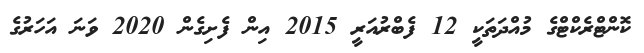
ކޮންޓްރެކްޓްގެ މުއްދަތަކީ 12 ފެބްރުއަރީ 2015 އިން ފެށިގެން 2020 ވަނަ އަހަރުގެ